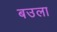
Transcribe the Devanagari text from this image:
बउला